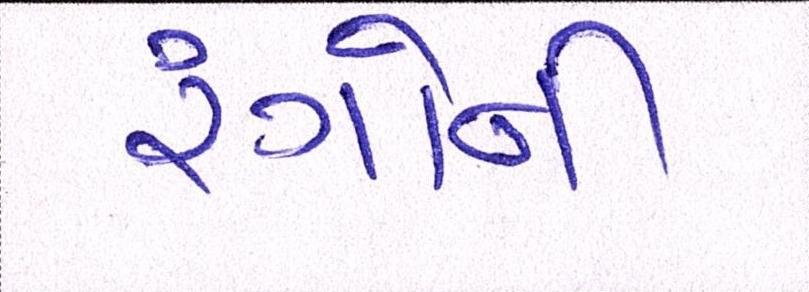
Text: રંગોની